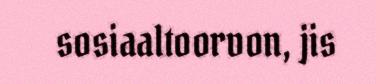
sosiaaltoorvon, jis